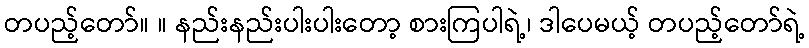
တပည့်တော်။ ။ နည်းနည်းပါးပါးတော့ စားကြပါရဲ့၊ ဒါပေမယ့် တပည့်တော်ရဲ့